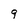
Character: 9